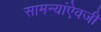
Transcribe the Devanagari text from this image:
सामन्यांऐवजी